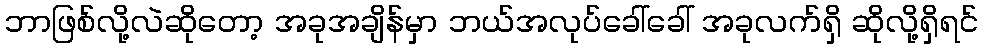
ဘာဖြစ်လို့လဲဆိုတော့ အခုအချိန်မှာ ဘယ်အလုပ်ခေါ်ခေါ် အခုလက်ရှိ ဆိုလို့ရှိရင်